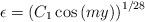
LaTeX: \begin{align*}\epsilon=\left(C_1 \cos{(m y)}\right)^{1/28}\end{align*}